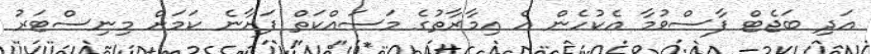
އަދި ބަޖެޓް ފާސްވުމާ އެކުހެން އެ އިމާރާތުގެ މަސައްކަތް ފަށާނެ ކަމަށް މިނިސްޓަރު